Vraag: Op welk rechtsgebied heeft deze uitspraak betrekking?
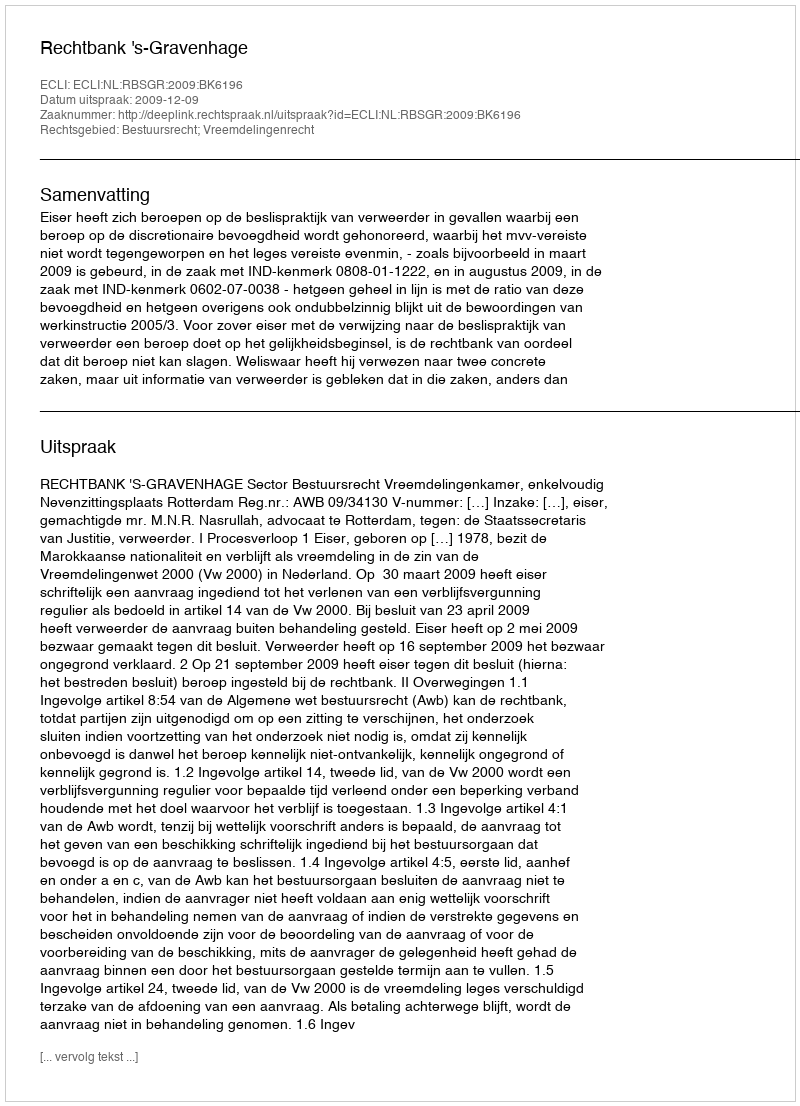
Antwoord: Bestuursrecht; Vreemdelingenrecht